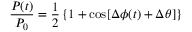
\frac { P ( t ) } { P _ { 0 } } = \frac { 1 } { 2 } \left\{ 1 + \cos [ \Delta \phi ( t ) + \Delta \theta ] \right\}